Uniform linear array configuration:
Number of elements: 12
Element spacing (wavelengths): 1
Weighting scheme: cosine
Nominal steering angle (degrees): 15
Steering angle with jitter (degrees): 16.23
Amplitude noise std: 0.05
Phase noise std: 0.05

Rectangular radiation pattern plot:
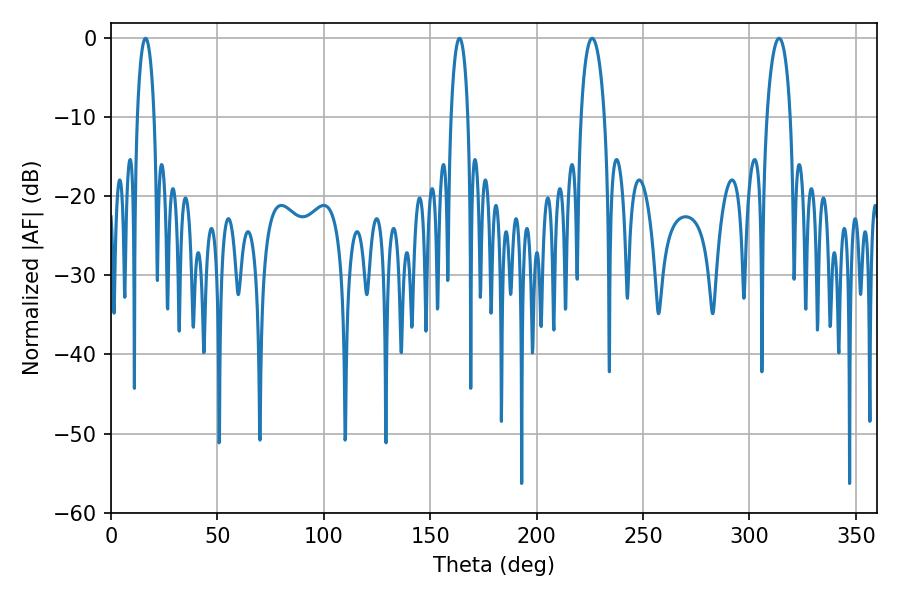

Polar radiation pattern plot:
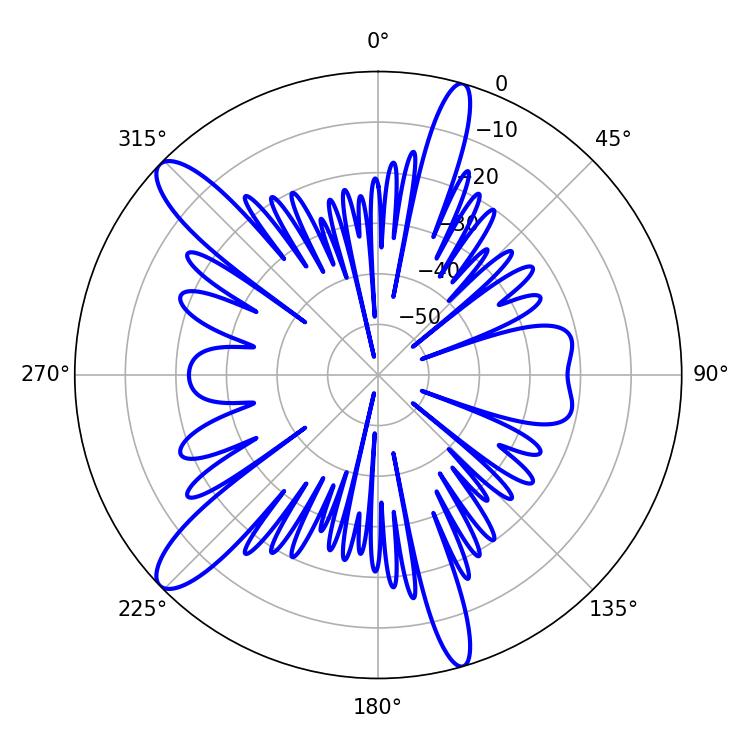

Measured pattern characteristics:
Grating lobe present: TRUE
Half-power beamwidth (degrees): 6.3
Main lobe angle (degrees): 313.92